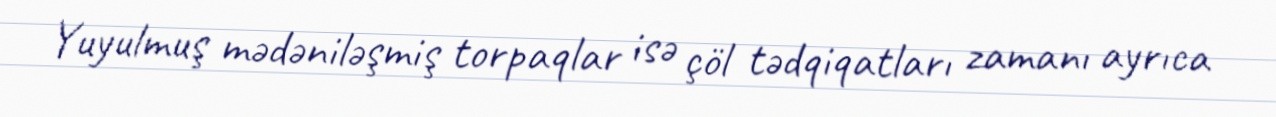
Yuyulmuş mədəniləşmiş torpaqlar isə çöl tədqiqatları zamanı ayrıca